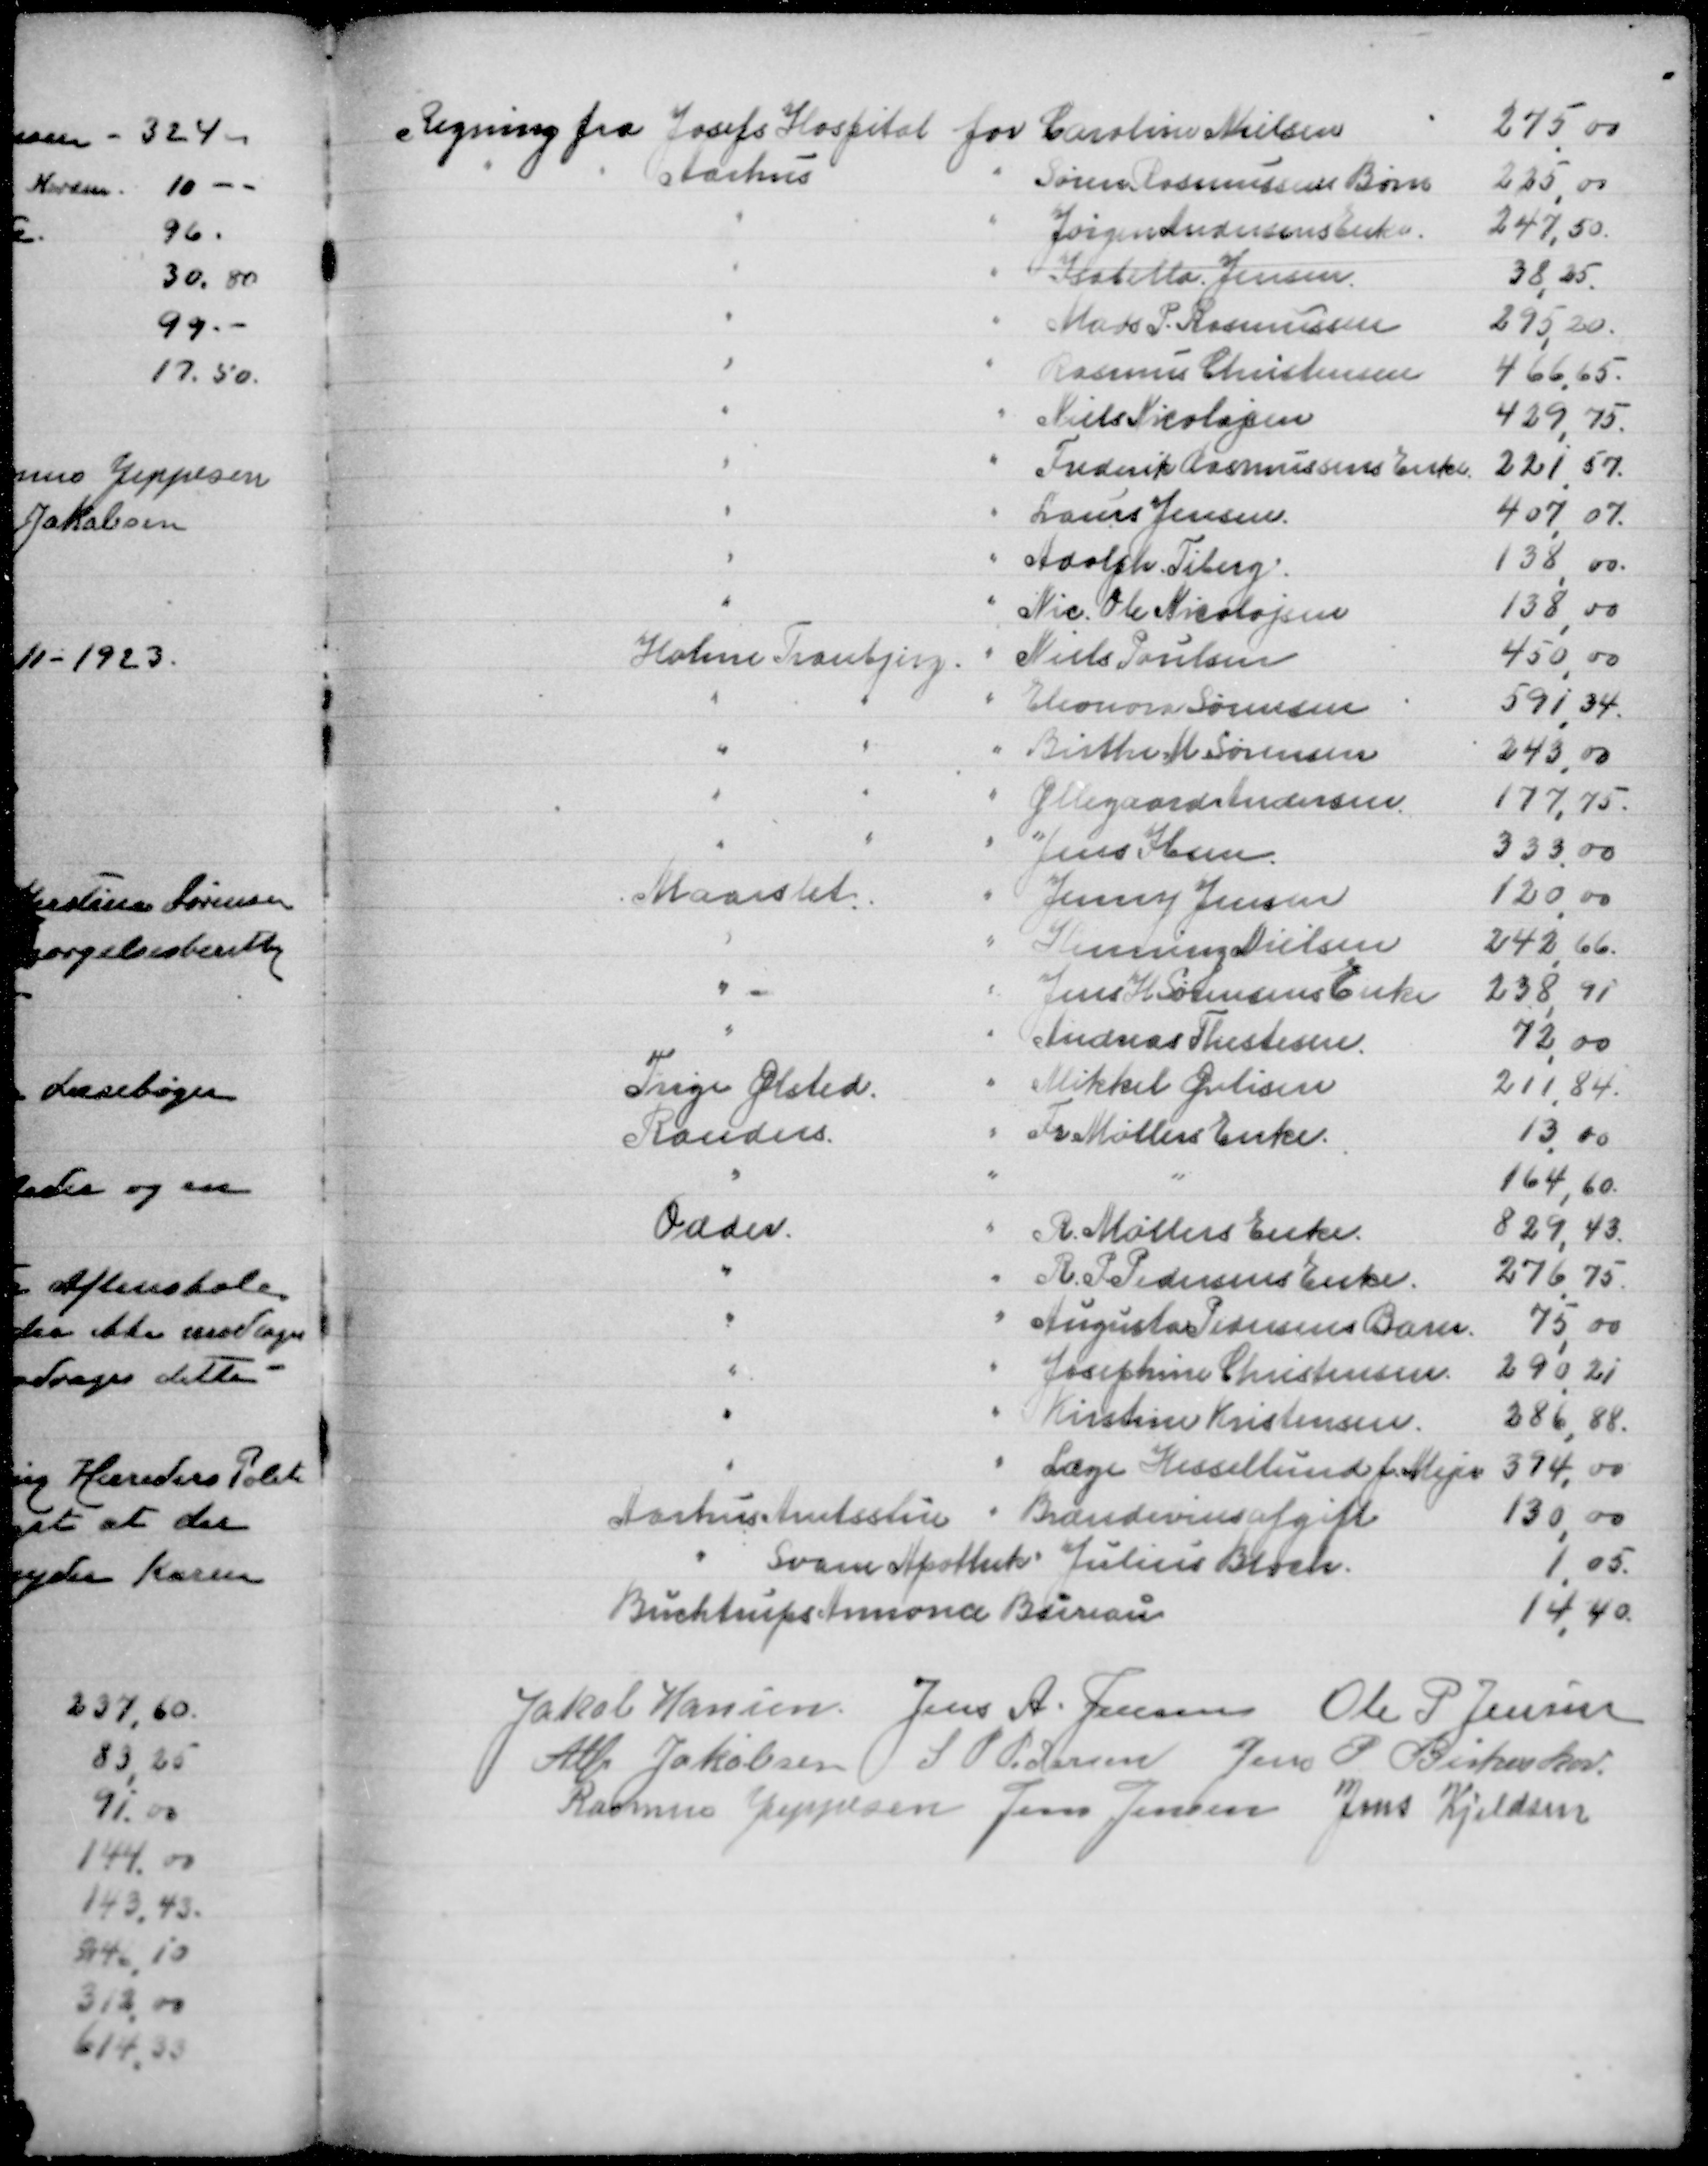
Transskription:
Regning fra

Josefs Hospital for Carsten Nielsen
275,00
Aarhus " Søren Rasmussens Børn
225,00
" " Jørgen Andersens Enke
247,50
" " Isabella Jensen
38,25
" " Mads P Rasmussen
295,20
" " Rasmus Christensen
466,65
" " Niels Nicolajsen
429,75
" " Frederik Rasmussens Enke
221,57
" " Laurs Jensen
407,07
" " Adolph Tiberg
138,00
" " Nic Ole Nicolajsen
138,00
Holme Tranbjerg " Niels Poulsen
450,00
" " " Eleonora Sørensen
591,34
" " " Birthe M Sørensen
243,00
" " " Øllegaards Andersen
177,75
" " " Jens Ibsen
333,00
Maarslet " Jenny Jensen
120,00
" " Skurring Nielsen
242,66
" " Jens H Sørensens Enke
238,91
" " Andreas Thestesen
72,00
Trige Ølsted " Mikkel Øvlisen
211,84
Randers " Fr Møllers enke
13,10
" " "
164,60
Odder " R Møllers Enke
829,43
" " R P Pedersens Enke
276,75
" " Augusta Pedersens Barn
75,00
" " Josephine Christensen
290,21
" " Kirstine Kristensen
286,88
" " Læge Hessellund for Mejer
394,00
Aarhus Amtsstue " Brændevinsafgift
130,00
" Svane Apothek " Julius Bloch
1,05
Buchtrups Annonce Bureau
14,40

Jakob Hansen
Jens A Jensen
Ole P Jensen
Alfr Jakobsen
S P Pedersen
Jens P Birkeskov
Rasmus Jeppesen
Jens Jensen
Jens Kjeldsen